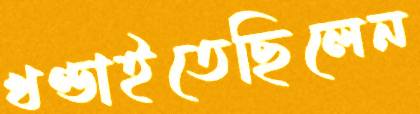
খণ্ডাইতেছিলেন